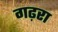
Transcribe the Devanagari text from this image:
गढ़रा